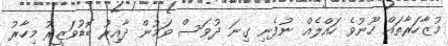
މުޒާހަރާތައް ހޫނުވެ ހައްލެއް ނުފެނި ގިނަ ދުވަސް ވަމުން ދާއިރު ބޮޑުވަޒީރު މިހާރު